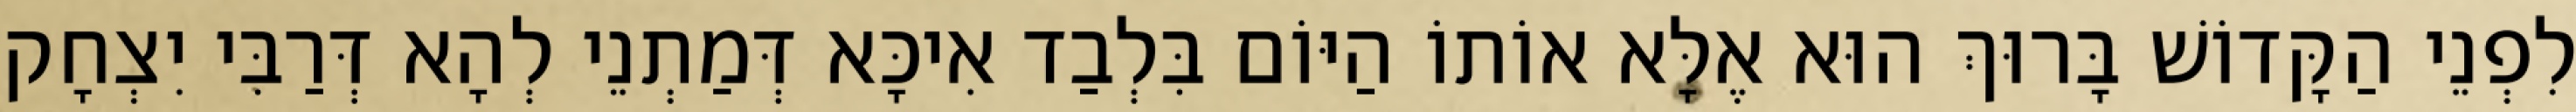
לִפְנֵי הַקָּדוֹשׁ בָּרוּךְ הוּא אֶלָּא אוֹתוֹ הַיּוֹם בִּלְבַד אִיכָּא דְּמַתְנֵי לְהָא דְּרַבִּי יִצְחָק